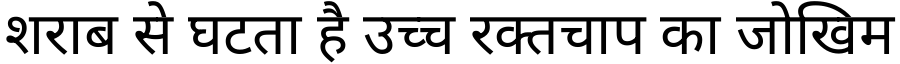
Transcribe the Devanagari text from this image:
शराब से घटता है उच्च रक्तचाप का जोखिम